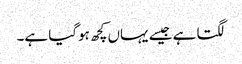
لگتا ہے جیسے یہاں کچھ ہوگیا ہے۔